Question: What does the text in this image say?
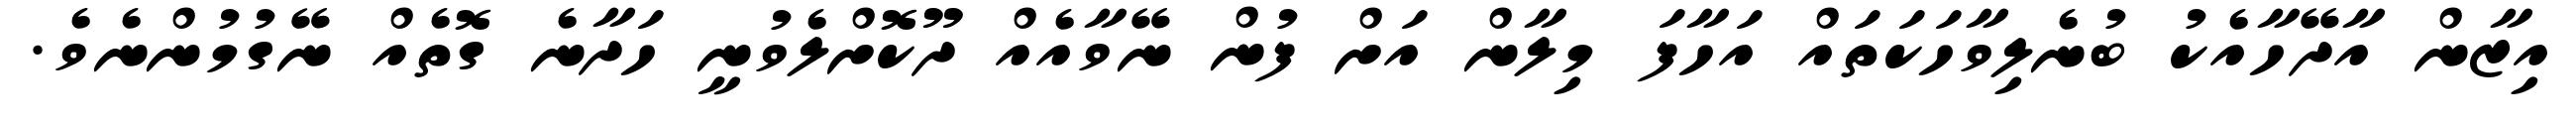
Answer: އިޒާން އާދޭހާއެކު ބުނެލިވާހަކަތައް އަހާފަ މިލާން އަށް ފުން ނޭވާއެއް ދޫކޮށްލެވުނީ ހަދާނެ ގޮތެއް ނޭގުމުންނެވެ.